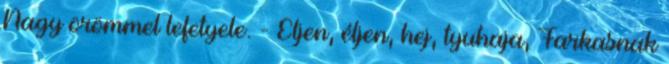
Nagy örömmel lefetyele. - Éljen, éljen, hej, tyuhaja, Farkasnak